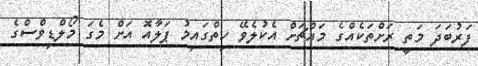
ފަރުބަދަ މަތީ ރަށްތަކެއްގެ މައްޗަށް އެކުލެވޭ ހިތްގައިމު ޕަލާއޮ އަށް މެގަ މޯލްޑިވްސްގެ